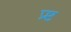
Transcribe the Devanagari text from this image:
प्र्ष्ट